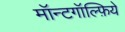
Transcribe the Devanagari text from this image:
मॉन्टगॉल्फ़िये